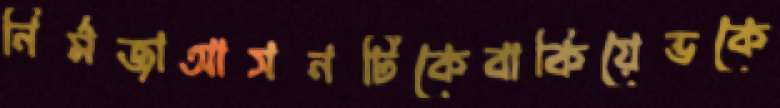
নির্মজাআসনটিকেবাকিয়েভকে